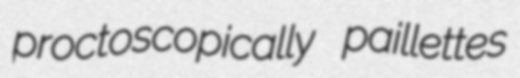
proctoscopically paillettes